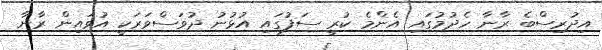
އިދުރިސްބެ ރާނާ ހެދުމުގައި އެންމެ ކުރީ ސަފުގައި އުޅުނު ދުވަސްވަރަކީ އުވައިން ރާނާ